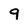
Character: 9